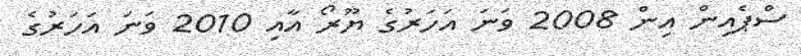
ސްޕެއިން އިން 2008 ވަނަ އަހަރުގެ ޔޫރޯ އާއި 2010 ވަނަ އަހަރުގެ